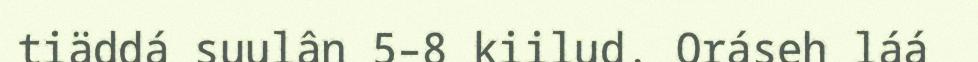
tiäddá suulân 5–8 kiilud. Oráseh láá